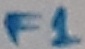
Text: F1